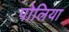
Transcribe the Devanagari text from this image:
पोलिया